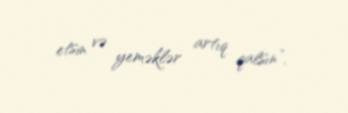
etsin və yeməklər artıq qalsın”.